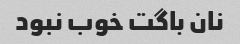
نان باگت خوب نبود